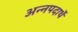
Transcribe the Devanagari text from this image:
अन्नपदार्थे